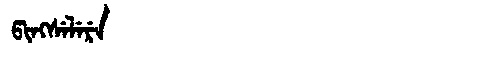
Manchu: ᡦᡳᠩᠰᡝᠯᡝᡵᡝ
Romanization: PINGSELERE